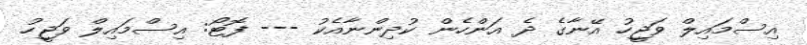
އިސްމައިލް ވަޖީހު އޭނާގެ ދެ އަންހެން ކުދިންނާއެކު --- ފޮޓޯ: އިސްމައިލް ވަޖީހު